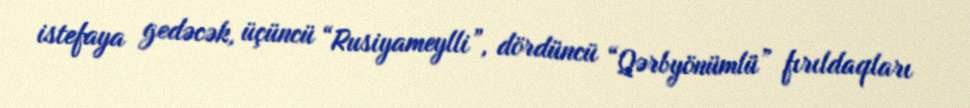
istefaya gedəcək, üçüncü “Rusiyameylli”, dördüncü “Qərbyönümlü” fırıldaqları